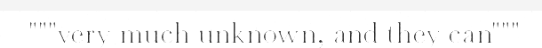
"""very much unknown, and they can"""